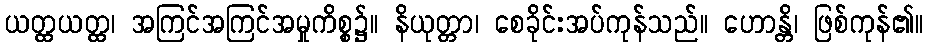
ယတ္ထယတ္ထ၊ အကြင်အကြင်အမှုကိစ္စ၌။ နိယုတ္တာ၊ စေခိုင်းအပ်ကုန်သည်။ ဟောန္တိ၊ ဖြစ်ကုန်၏။